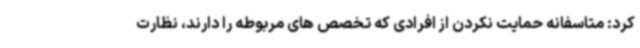
کرد: متاسفانه حمایت نکردن از افرادی که تخصص های مربوطه را دارند، نظارت